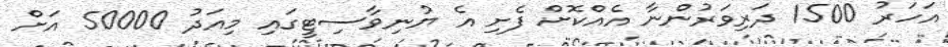
އަހަރު 1500 ދަރިވަރުންނާ އެއްކޮށް ފެށި އެ ޔުނިވާސިޓީގައި މިއަދު 50000 އަށް